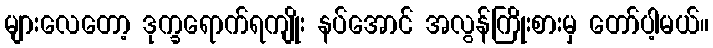
များလေတော့ ဒုက္ခရောက်ရကျိုး နပ်အောင် အလွန်ကြိုးစားမှ တော်ပါ့မယ်။